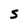
Character: S